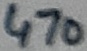
Text: 470